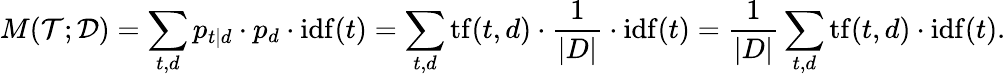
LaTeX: M({\cal{T}};{\cal{D}})=\sum_{t,d}p_{t|d}\cdot p_{d}\cdot\mathrm{idf}(t)=\sum_{t,d}\mathrm{tf}(t,d)\cdot{\frac{1}{|D|}}\cdot\mathrm{idf}(t)={\frac{1}{|D|}}\sum_{t,d}\mathrm{tf}(t,d)\cdot\mathrm{idf}(t).